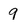
Character: q